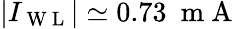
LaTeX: |I_{\mathrm{~W~L~}}|\simeq 0.73~\mathrm{~m~A~}